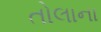
તોલાના